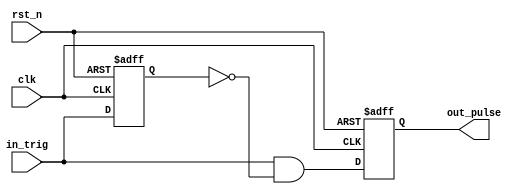
`timescale 1ns / 1ps
//////////////////////////////////////////////////////////////////////////////////
// Company: 
// Engineer: 
// 
// Design Name: 
// Module Name: one_pulse
// Project Name: 
// Target Devices: 
// Tool Versions: 
// Description: 
// 
// Dependencies: 
// 
// Revision:
// Revision 0.01 - File Created
// Additional Comments:
// 
//////////////////////////////////////////////////////////////////////////////////


module one_pulse(
    clk,    //1Hz
    rst_n,
    in_trig,
    out_pulse
);
input clk;
input rst_n;
input in_trig;
output out_pulse;
reg out_pulse;

reg in_trig_delay;

always @(posedge clk or negedge rst_n)
    if (~rst_n)
        in_trig_delay <= 1'b0;
    else
        in_trig_delay <= in_trig;

assign out_pulse_next = in_trig & (~in_trig_delay);

always @(posedge clk or negedge rst_n)
    if (~rst_n)
        out_pulse <= 1'b0;
    else
        out_pulse <= out_pulse_next;

endmodule